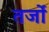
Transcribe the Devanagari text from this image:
तर्जों